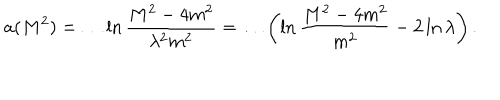
a ( M ^ { 2 } ) = \dots \ln \frac { M ^ { 2 } - 4 m ^ { 2 } } { \lambda ^ { 2 } m ^ { 2 } } = \dots \left( \ln \frac { M ^ { 2 } - 4 m ^ { 2 } } { m ^ { 2 } } - 2 \ln \lambda \right) .